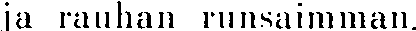
ja rauhan runsaimman.